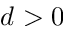
d > 0